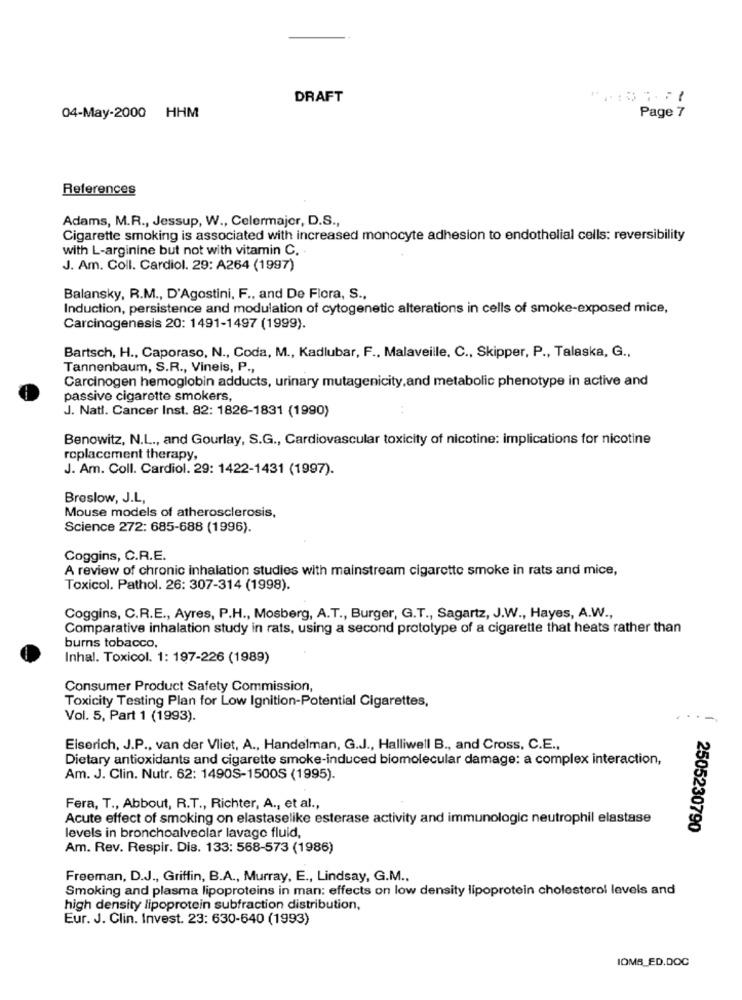
DRAFT
04-May-2000 HHM
Page 7
References
Adams, M.R ., Jessup, W ., Celermajor, D.S .,
Cigarette smoking is associated with increased monocyte adhesion to endothelial cells: reversibility
with L-arginine but not with vitamin C.
J. Am. Coll. Cardiol. 29: A264 (1997)
Balansky, R.M ., D'Agostini, F ., and De Flora, S.
Induction, persistence and modulation of cytogenetic alterations in cells of smoke-exposed mice,
Carcinogenesis 20: 1491-1497 (1999).
Bartsch, H ., Caporaso, N ., Coda, M ., Kadlubar, F ., Malaveille, C ., Skipper, P ., Talaska, G .,
Tannenbaum, S.R ., Vineis, P .,
Carcinogen hemoglobin adducts, urinary mutagenicity,and metabolic phenotype in active and
passive cigarette smokers,
J. Natl. Cancer Inst. 82: 1826-1831 (1990)
..
Benowitz, N.L ., and Gourlay, S.G ., Cardiovascular toxicity of nicotine: implications for nicotine
replacement therapy,
J. Am. Coll. Cardiol. 29: 1422-1431 (1997).
Breslow, J.L,
Mouse models of atherosclerosis,
Science 272: 685-688 (1996).
Coggins, C.R.E.
A review of chronic inhalation studies with mainstream cigarette smoke in rats and mice,
Toxicol. Pathol. 26: 307-314 (1998).
Coggins, C.R.E ., Ayres, P.H ., Mosberg, A.T ., Burger, G.T ., Sagartz, J.W ., Hayes, A.W .,
Comparative inhalation study in rats, using a second prototype of a cigarette that heats rather than
burns tobacco,
Inhal. Toxicol. 1: 197-226 (1989)
Consumer Product Safety Commission,
Toxicity Testing Plan for Low Ignition-Potential Cigarettes,
Vol. 5, Part 1 (1993).
Eiserich, J.P ., van der Vliet, A ., Handelman, G.J ., Halliwell B ., and Cross, C.E .,
Dietary antioxidants and cigarette smoke-induced biomolecular damage: a complex interaction,
Am. J. Clin. Nutr. 62: 1490S-15005 (1995).
Fera, T ., Abbout, R.T ., Richter, A ., et al .,
Acute effect of smoking on elastaselike esterase activity and immunologic neutrophil elastase
2505230790
levels in bronchoalveolar lavage fluid,
Am. Rev. Respir. Dis. 133: 568-573 (1986)
Freeman, D.J ., Griffin, B.A ., Murray, E ., Lindsay, G.M .,
Smoking and plasma lipoproteins in man: effects on low density lipoprotein cholesterol levels and
high density lipoprotein subfraction distribution,
Eur. J. Clin. Invest. 23: 630-640 (1993)
IOMB_ED.DOC